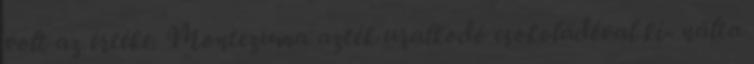
volt az értéke. Montezuma azték uralkodó csokoládéval kí- nálta